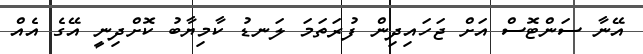
އޭނާ ސަންޓޮސް އަށް ޖަހައިދިން ފުރަތަމަ ލަނޑު ކާމިޔާބު ކޮށްދިނީ އޭގެ އެއް